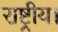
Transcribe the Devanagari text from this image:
राष्ट्रीय।